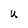
Character: U